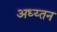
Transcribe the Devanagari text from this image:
अध्य्तन